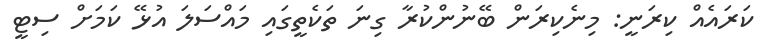
ކަރައެއް ކިރަނީ: މިނެކިރަން ބޭނުންކުރާ ގިނަ ތަކެތީގައި މައްސަލަ އުޅޭ ކަމަށް ސިޓީ